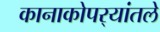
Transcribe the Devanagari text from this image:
कानाकोपर्‍यांतले